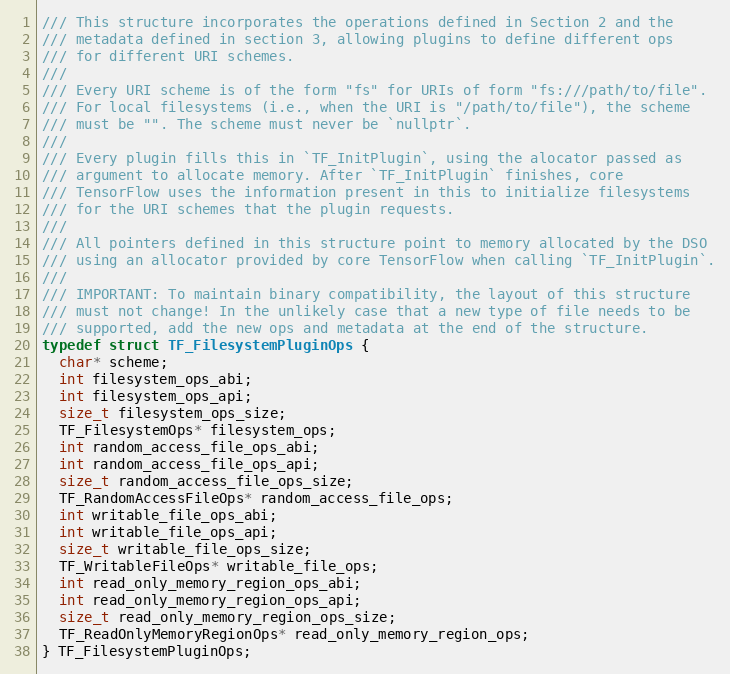
Language: C
/// This structure incorporates the operations defined in Section 2 and the
/// metadata defined in section 3, allowing plugins to define different ops
/// for different URI schemes.
///
/// Every URI scheme is of the form "fs" for URIs of form "fs:///path/to/file".
/// For local filesystems (i.e., when the URI is "/path/to/file"), the scheme
/// must be "". The scheme must never be `nullptr`.
///
/// Every plugin fills this in `TF_InitPlugin`, using the alocator passed as
/// argument to allocate memory. After `TF_InitPlugin` finishes, core
/// TensorFlow uses the information present in this to initialize filesystems
/// for the URI schemes that the plugin requests.
///
/// All pointers defined in this structure point to memory allocated by the DSO
/// using an allocator provided by core TensorFlow when calling `TF_InitPlugin`.
///
/// IMPORTANT: To maintain binary compatibility, the layout of this structure
/// must not change! In the unlikely case that a new type of file needs to be
/// supported, add the new ops and metadata at the end of the structure.
typedef struct TF_FilesystemPluginOps {
  char* scheme;
  int filesystem_ops_abi;
  int filesystem_ops_api;
  size_t filesystem_ops_size;
  TF_FilesystemOps* filesystem_ops;
  int random_access_file_ops_abi;
  int random_access_file_ops_api;
  size_t random_access_file_ops_size;
  TF_RandomAccessFileOps* random_access_file_ops;
  int writable_file_ops_abi;
  int writable_file_ops_api;
  size_t writable_file_ops_size;
  TF_WritableFileOps* writable_file_ops;
  int read_only_memory_region_ops_abi;
  int read_only_memory_region_ops_api;
  size_t read_only_memory_region_ops_size;
  TF_ReadOnlyMemoryRegionOps* read_only_memory_region_ops;
} TF_FilesystemPluginOps;